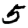
Digit: 5